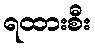
ရထားစီး